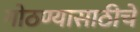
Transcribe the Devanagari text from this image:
गोठण्यासाठीचे